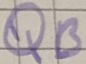
Text: QB